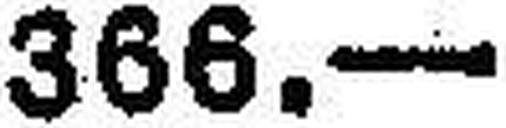
366.—